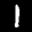
Digit: 1